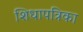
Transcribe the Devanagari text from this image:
शिधापत्रिका